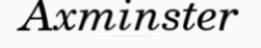
Axminster